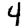
Digit: 4